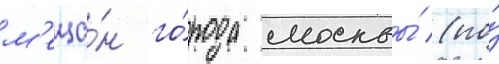
м'еща́н го́рода москвы́ (по́